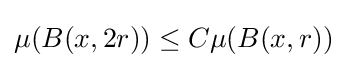
\mu (B(x,2r))\leq C\mu (B(x,r))